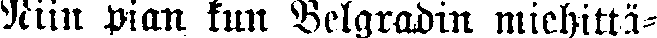
Niin pian kun Belgradin miehittä-